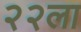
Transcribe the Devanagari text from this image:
२२ला